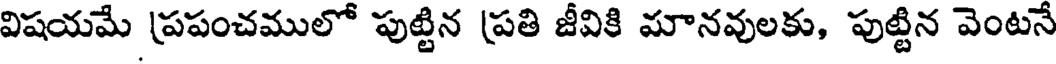
విషయమే (పపంచములో పుట్టిన (పతి జీవికి మానవులకు, పుట్టిన వెంటనే